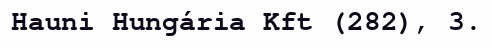
Hauni Hungária Kft (282), 3.